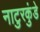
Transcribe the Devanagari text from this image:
नाटुरकुंडे